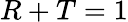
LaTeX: R+T=1